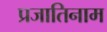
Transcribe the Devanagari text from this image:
प्रजातिनाम